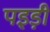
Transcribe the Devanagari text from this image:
पइड़ी